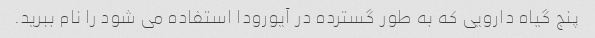
پنج گیاه دارویی که به طور گسترده در آیورودا استفاده می شود را نام ببرید.